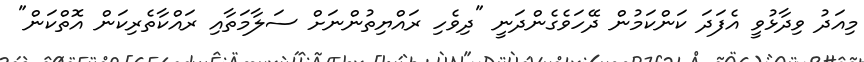
މިއަދު ވިދާޅުވީ އެފަދަ ކަންކަމުން ދޭހަވެގެންދަނީ "ދިވެހި ރައްޔިތުންނަށް ސަލާމަތާއި ރައްކާތެރިކަން އޮތްކަން"